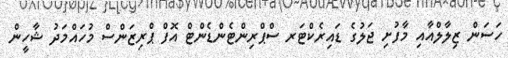
ހަސަން ޒިލާލްއާއި މާފުށި ޖަލުގެ ޑައިރެކްޓަރ ސްޕްރިންޓެންޑެންޓް އޮފް ޕްރިޒަންސް މުހައްމަދު ޝާހީން